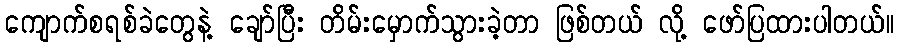
ကျောက်စရစ်ခဲတွေနဲ့ ချော်ပြီး တိမ်းမှောက်သွားခဲ့တာ ဖြစ်တယ် လို့ ဖော်ပြထားပါတယ်။